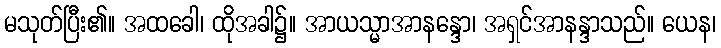
မသုတ်ပြီး၏။ အထခေါ၊ ထိုအခါ၌။ အာယသ္မာအာနန္ဒော၊ အရှင်အာနန္ဒာသည်။ ယေန၊